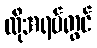
ထိုအရပ်တွင်